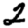
Digit: 2